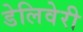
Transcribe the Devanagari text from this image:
डेलिवेरी